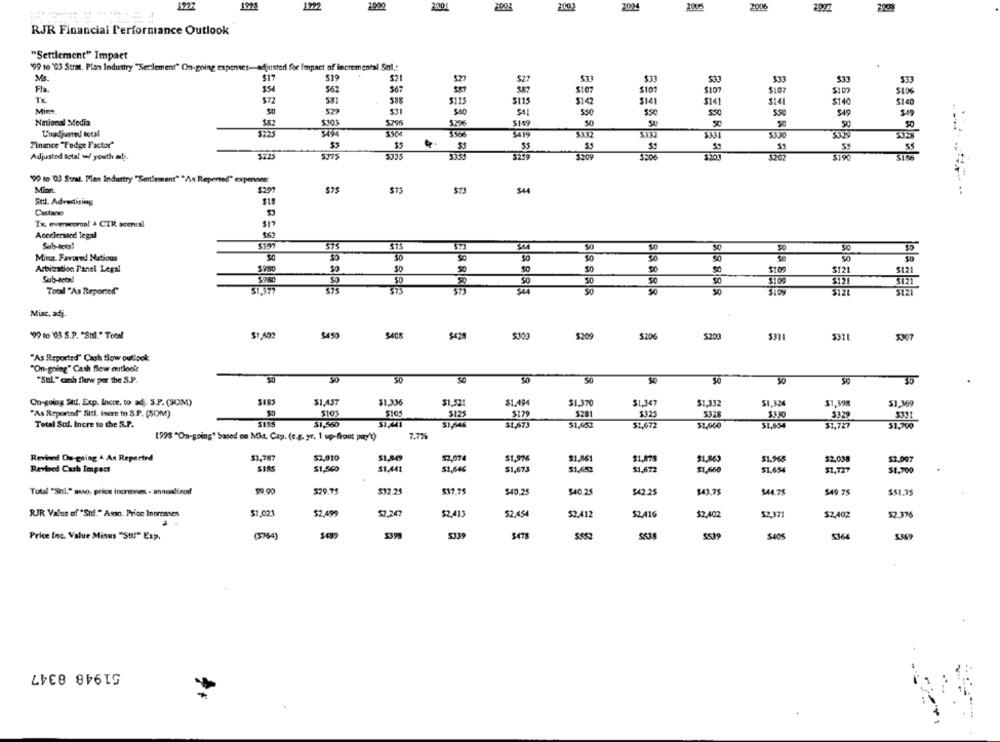
1995
1222
2001
2002
2024
2006
RJR Financial Performance Outlook
"Settlement" Impact
'99 te '03 Strat. Plan Industry "Settlement" On-going expenses-adjusted for impact of incremental Stil .:
Ms.
$19
$21
$27
$33
333
Fla
562
567
$107
354
Sio
$107
TE
$72
581
$115
St15
3141
5141
3141
$140
$140
Mins
531
S4]
Sso
350
3.50
349
319
National Media
30
50
50
Unadjvated total
Finance "Todge Factor"
3225
Adjusted total w/ youth adj.
$209
3203
'90 to '03 Stral. Man Industry "Sertlement" "As Repented" expenses:
Min
$297
$73
Std. Advertising
Castano
$19
IN. everaccrual + CTR acerval
Accelerated legal
Sub-total
SERESE
50
575
Mina. Favored Nations
Arbitration Panel Legal
50
$980
80
SO
Sub-total
$980
SO
30
Total "As Reported"
Misc, adj-
'99 to '03 S.P. "Sul." Total
$450
5408
5428
$303
$209
$200
5311
5311
5307
"As Reported" Cash flow outlook
"On-going" Cash flow outlook
"Sul." cash flow por the S.P.
SO
50
SO
30
SIBS
On-going Std. Exp. Incre, to adj. S.P. (SOM)
$1.457
$1,336
51.521
$1.49
$1.370
$1.347
$1,332
$1,324
$1,398
51.369
"As Reported" Sttl. incre to S.P. (SOM)
$105
5125
5179
$281
$325
3330
5329
$351
Total Scil. Incre to the S.P.
$1,560
$1.441
$1,646
$1,663
$1,673
$1,672
51,654
51,727
51.700
1998 "On-going" Sased on Mit. Cap. (c.g. yr. 1 up-front pay')
7.7%
Revined On-going 4 As Reported
$1,787
57,010
51,849
52,074
$1.976
$1,861
$1.878
$1,863
$1.945
$2.038
$2.007
SIRS
$1,560
51,646
$1,652
$1,672
Revised Carb Impact
$1,441
$1,673
$1,660
$1,654
51,727
$1.700
$29.75
$42.25
$43,75
544.75
$49 75
Total "Shil." mo. price incrennes - anuddinod
$12.25
$40.25
$40.25
$$1.75
RJR Value of "Sit." Asso. Price Increases
$1.023
$2.499
57,247
$2,413
52.454
$2.412
$2.416
$2,402
52.371
52.376
$2,402
5339
$478
5364
Price Inc. Value Minus "Stil" Exp.
(5764)
$552
51948 8347